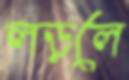
লড়লে